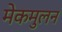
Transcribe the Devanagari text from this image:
मेकमुलन